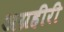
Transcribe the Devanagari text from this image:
अग्रहीरी